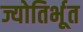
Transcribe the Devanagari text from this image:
ज्योतिर्भूत